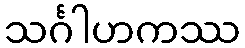
သင်္ဂါဟကဿ